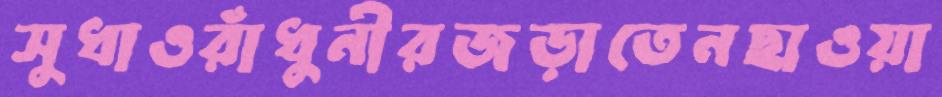
সুধাওরাঁধুনীরজড়াতেনছাওয়া